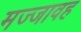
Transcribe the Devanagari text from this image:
मज्जावह